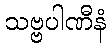
သဗ္ဗပါဏီနံ